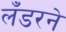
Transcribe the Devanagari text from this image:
लँडरने